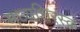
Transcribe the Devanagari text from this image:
मध्यशिरस्क